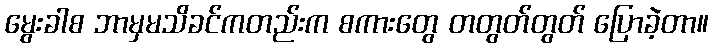
မွေးခါစ ဘာမှမသိခင်ကတည်းက စကားတွေ တတွတ်တွတ် ပြောခဲ့တာ။